Provision of milk for school children, 1936
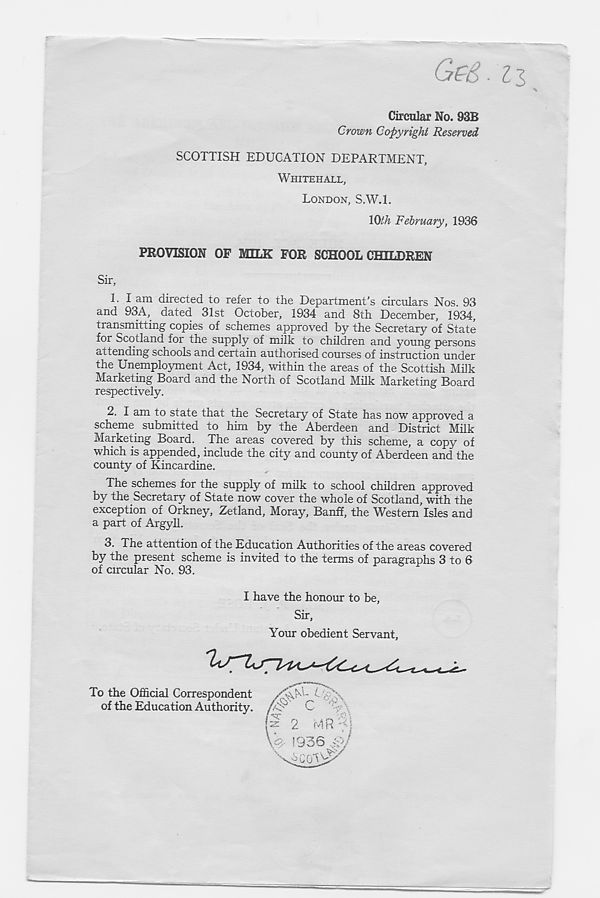
Ge&. iz
Circular No. 93B
Crown Copyright Reserved
SCOTTISH EDUCATION DEPARTMENT,
WHITEHALL,
LONDON, S.W.l.
IQth February, 1936
PROVISION OP MILK FOR SCHOOLCHILDREN
Sir,
1. I am directed to refer to the Department’s circulars Nos. 93
and 93A, dated 31st October, 1934 and 8th December, 1934,
transmitting copies of schemes approved by the Secretary of State
for Scotland for the supply of milk to children and young persons
attending schools and certain authorised courses of instruction under
the Unemployment Act, 1934, within the areas of the Scottish Milk
Marketing Board and the North of Scotland Milk Marketing Board
respectively.
2. I am to state that the Secretary of State has now approved a
scheme submitted to him by the Aberdeen and District Milk
Marketing Board. The areas covered by this scheme, a copy of
which is appended, include the city and county of Aberdeen and the
county of Kincardine.
The schemes for the supply of milk to school children approved
by the Secretary of State now cover the whole of Scotland, with the
exception of Orkney, Zetland, Moray, Banff, the Western Isles and
a part of Argyll.
3. The attention of the Education Authorities of the areas covered
by the present scheme is invited to the terms of paragraphs 3 to 6
of circular No. 93.
I have the honour to be.
Sir,
Your obedient Servant,
W 1936 dj